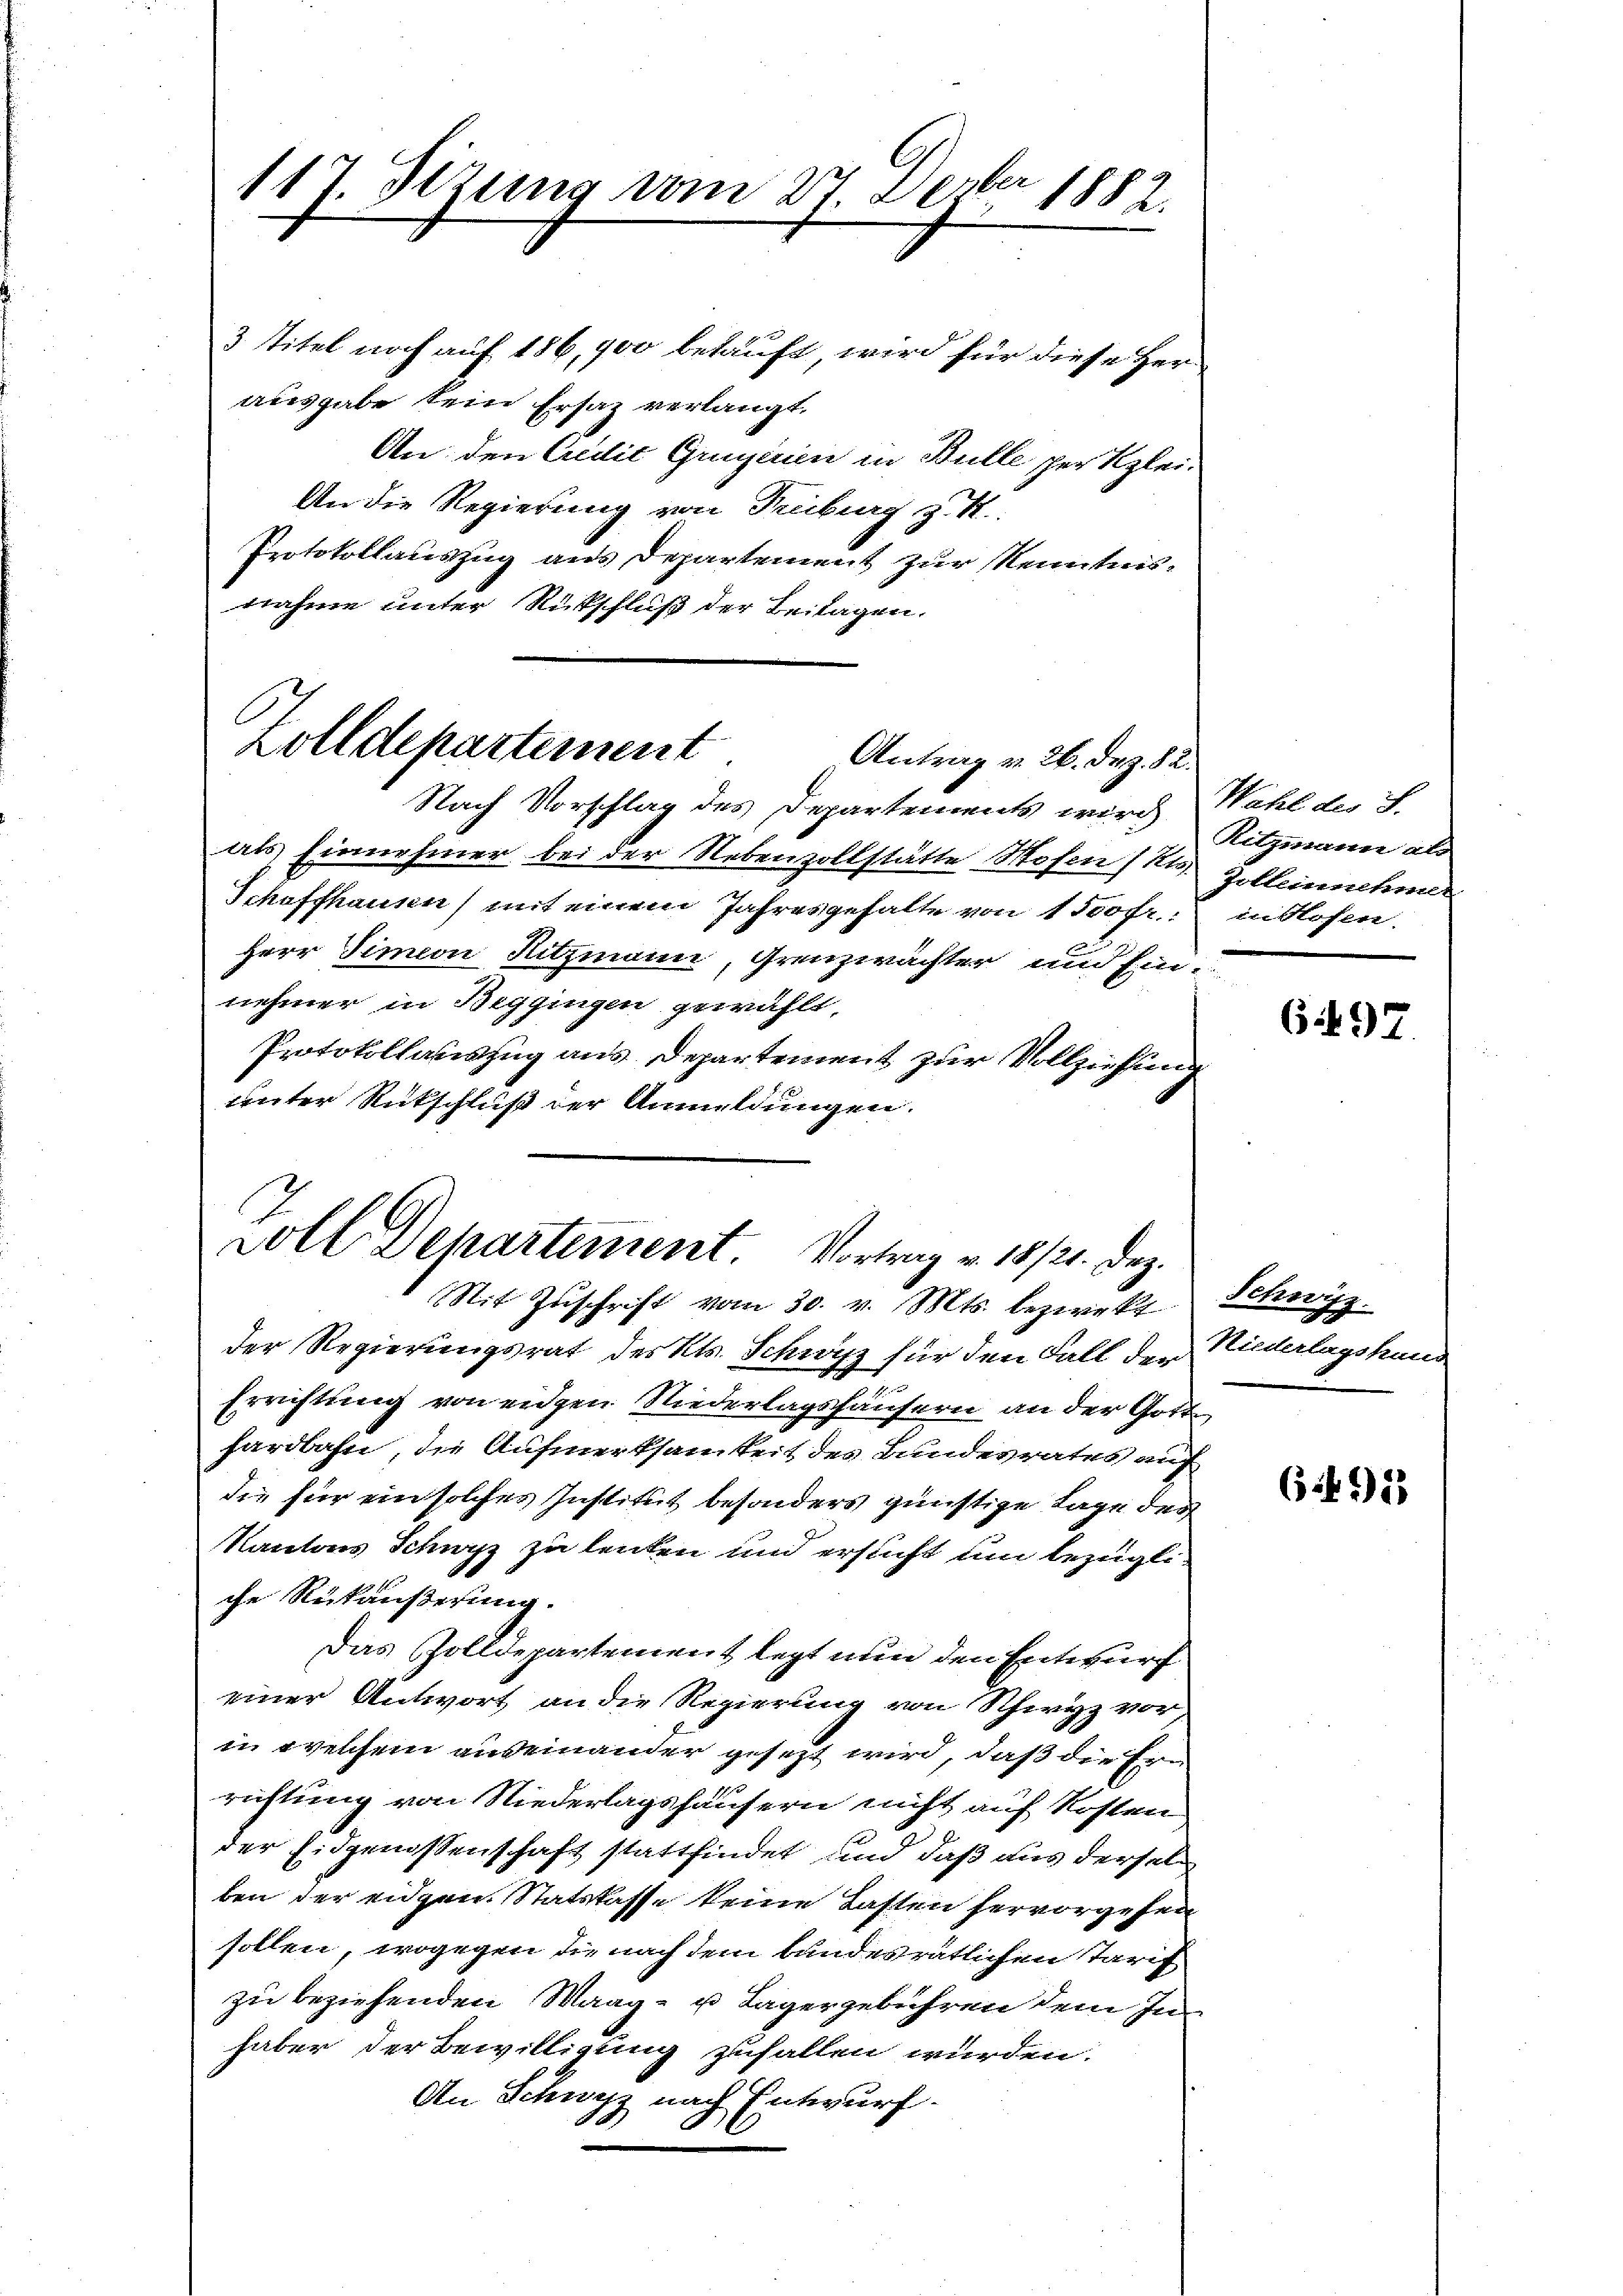
117. Sitzung vom 21 Dezbr 1882.

3 Titel noch auf 186, 900 betauft, wird für diese Her
ausgabe kein Ersaz verlangt.
An den Credit Gunziren in Bulle per Klei¬
An die Regierung von Freiburg z. R.
Protokollauszug aus Departement zur Kenntnis-
nahme unter Rückschluß der Beitagen.

Zolldepartement
Antrag v. 26. Dez. 82.
Nach Vorschlag des Departements wird

als Einnehmer bei der Nebenzollstätte Hosen Re-
Schaffhausen (mit einem Jahres gehalte von 1500fr.
Herr Simon Ritzmann, Grenzwächter und Ein-
nehmer in Beggingen gewählt,
Protokollauszug aus Departement zur Vollziehung
unter Rückschluß der Anmeldungen.

voll Dehartement. Vortrag v. 18/20. Dez.
Mit Zuschrift vom 30. v. Mts. bezwekt

der Regierungsrat der kk. Schweiz für den Fall der
Errichtung von eigen Niederlagshäusern an der Gott
hardbahn, die Aufmerksamkeit des Bundesrates auf
die für ein solches Institut besonders günstige Tage der
Kantons Schwyz zu lenken und ersucht um bezügl.
che Rükäußerung.
Das Zolldepartement legt nun den Entwurf
einer Antwort an die Regierung von Schwyz vor
in welchem auseinander gesezt wird, daß die Er-
richtung von Niederlagshäusern nicht auf Kosten
der Eidgenossenschaft stattfindet und daß aus derselb
ben der eigen Statskasse keine Lasten hervorgesen
sollen, wogegen die nach dem bundesrätlichen Tarif
zu beziehenden Waag- u Lagergebühren dem In
haber der Bewilligung zufallen würden.
An Schwyz nach Entwurf.

Wahl des J.
Ritzmann als
Gelleinnehmen
in Hofen.

642.

Schweiz.
Riederlagshand

6.42) 23